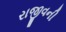
રાજીવની